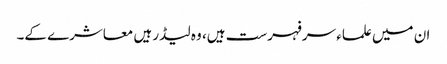
ان میں علماء سرفہرست ہیں، وہ لیڈر ہیں معاشرے کے۔